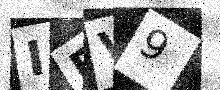
Text: IFV9